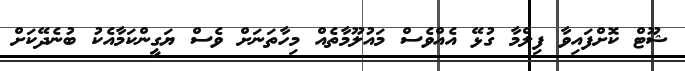
ޝޫޓް ކޮށްފައިވާ ފިލްމާ ގުޅޭ އެއްވެސް މައުލޫމާތެއް މިހާތަނަށް ވެސް ޔަގީންކަމާއެކު ބުނެދޭކަށް